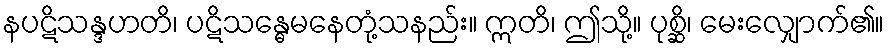
နပဋိသန္ဒဟတိ၊ ပဋိသန္ဓေမနေတုံ့သနည်း။ ဣတိ၊ ဤသို့။ ပုစ္ဆိ၊ မေးလျှောက်၏။